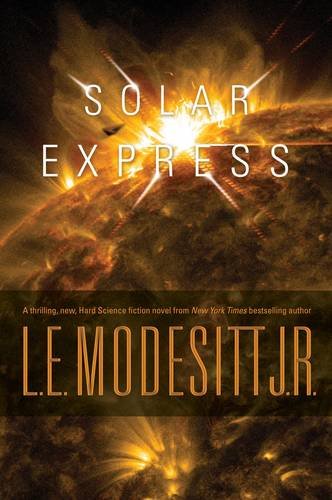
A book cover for Solar Express; L. E. Modesitt; Science Fiction & Fantasy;